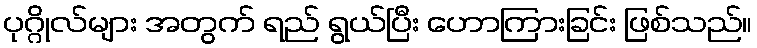
ပုဂ္ဂိုလ်များ အတွက် ရည် ရွယ်ပြီး ဟောကြားခြင်း ဖြစ်သည်။